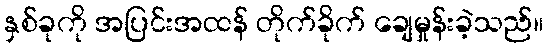
နှစ်ခုကို အပြင်းအထန် တိုက်ခိုက် ချေမှုန်းခဲ့သည်။